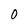
Character: 0